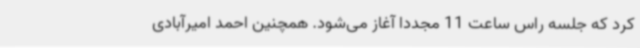
کرد که جلسه راس ساعت 11 مجددا آغاز می‌شود. همچنین احمد امیرآبادی